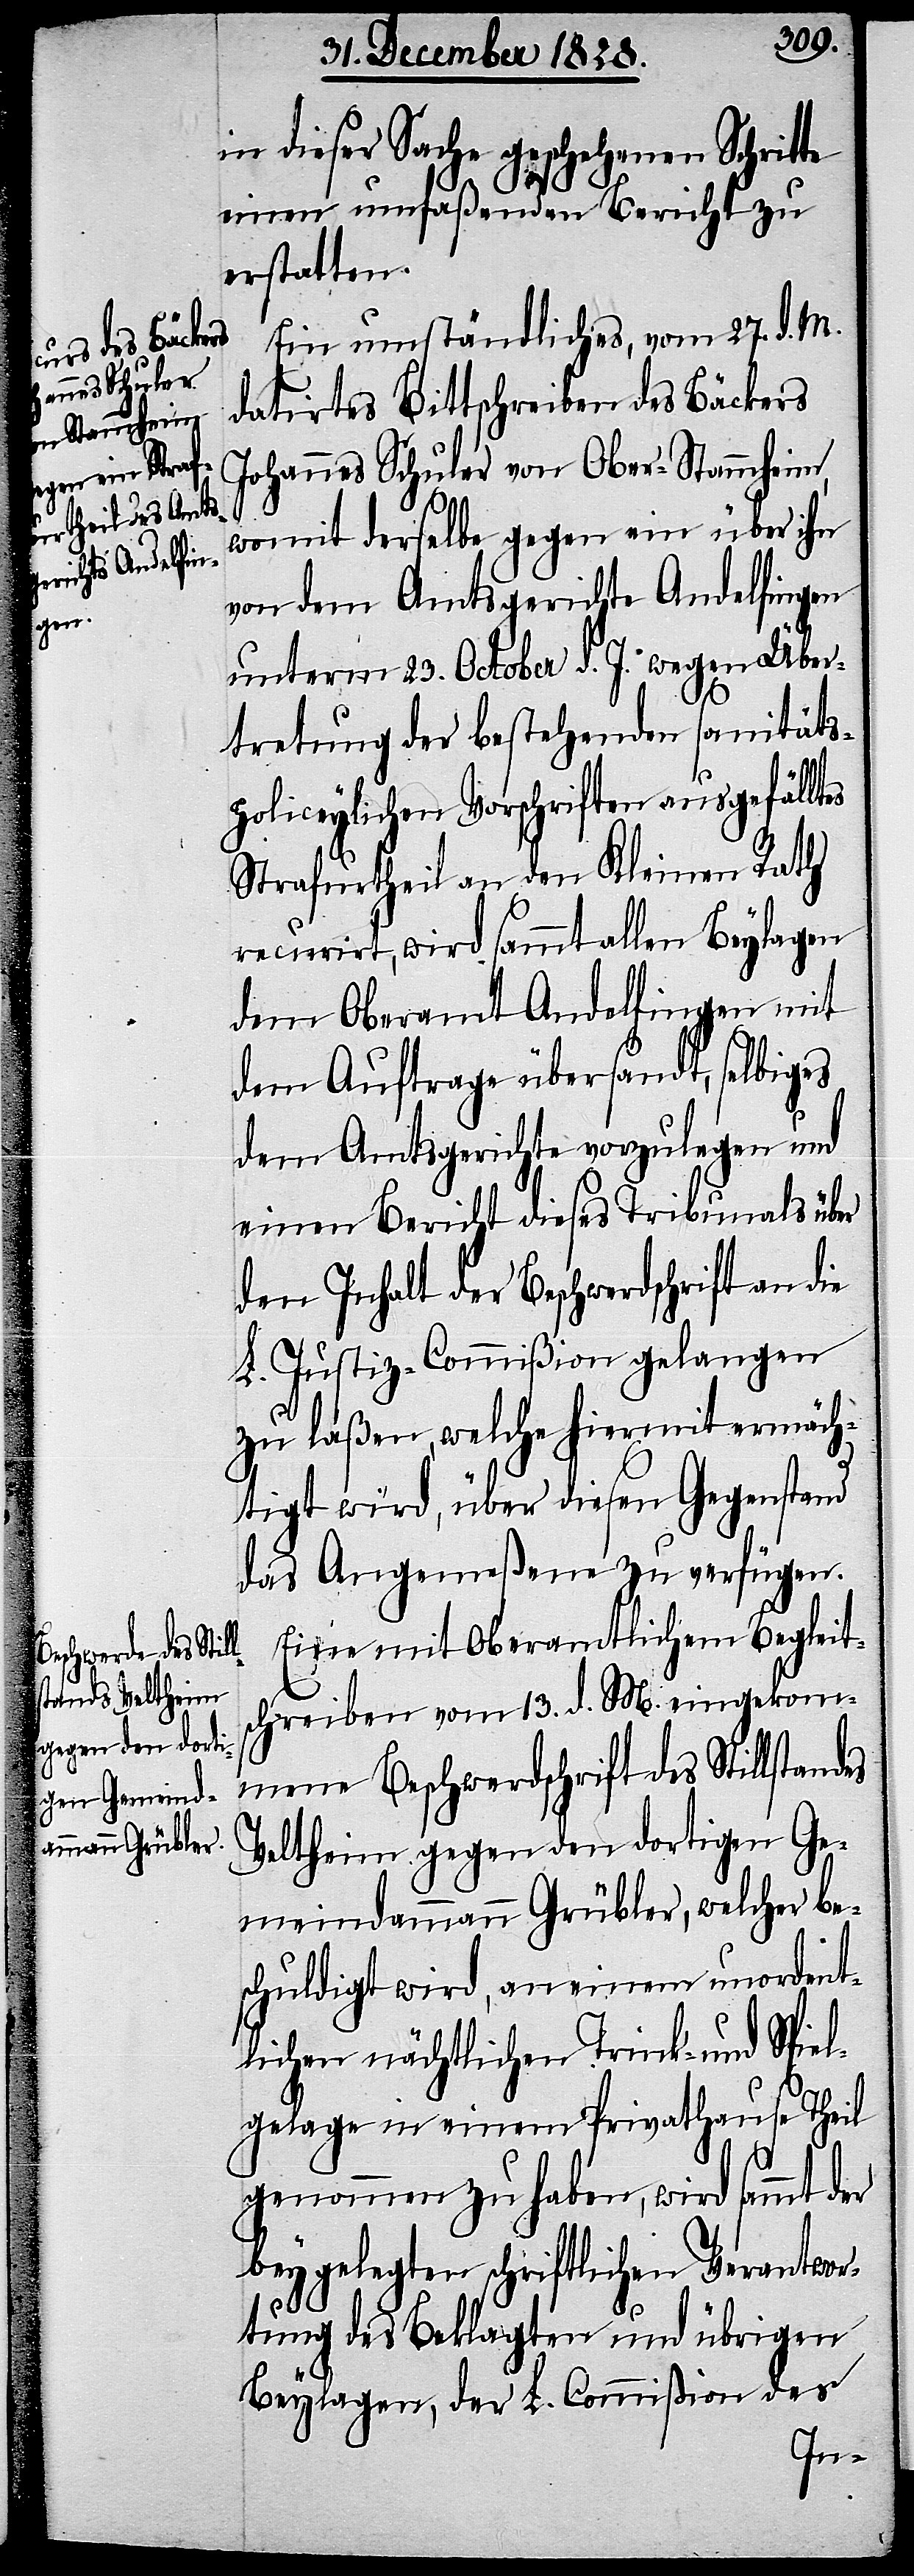
in dieser Sache geschehenen Schritte
einen umfaßenden Bericht zu
erstatten.
Ein umständliches, vom 27. d. M.
datirtes Bittschreiben des Bäckers
Johannes Schuler von Ober-Stammheim,
womit derselbe gegen ein über ihn
von dem Amtsgerichte Andelfingen
unterm 23. October d. J. wegen Über¬
tretung der bestehenden sanität¬
s-policeylichen Vorschriften ausgefälltes
Strafurtheil an den Kleinen Rath
recurirt, wird sammt allen Beylagen
dem Oberamt Andelfingen mit
dem Auftrage übersandt, selbiges
dem Amtsgerichte vorzulegen und
einen Bericht dieses Tribunals über
den Inhalt der Beschwerdeschrift an die
L. Justiz-Commißion gelangen
zu laßen, welche hiermit ermäch¬
tigt wird, über diesen Gegenstand
das Angemeßene zu verfügen.
Eine mit Oberamtlichem Begleit¬
schreiben vom 13. d. M. eingekom¬
mene Beschwerdschrift des Stillstandes
Veltheim gegen den dortigen Ge¬
meindammann Grübler, welcher be¬
schuldigt wird, ein einem unordent¬
lichen nächtlichen Trink- und Spiel¬
gelage in einem Privathause Theil
genommen zu haben, wird sammt der
beygelegten schriftlichen Verantwor¬
tung des Beklagten und übrigen
Beylagen, der L. Commißion des